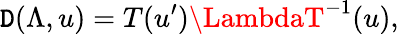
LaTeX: \mathtt{D}(\Lambda,u)=T(u^{\prime})\LambdaT^{-1}(u),